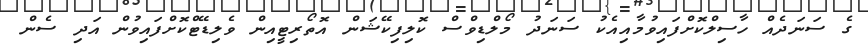
ގެ ސަނަދެއް ހާސިލްކޮށްފައިވުމާއިއެކު ސަނަދު މޯލްޑިވްސް ކޮލިފިކޭޝަން އޮތޯރިޓީއިން ވެލިޑޭޓްކޮށްފައިވުން އަދި ސެން